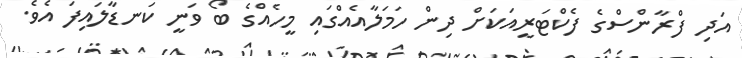
އަދި ފްރާންސްގެ ފެކްޓަރީއަކަށް ދިން ހަަަމަލާއެއްގައި މީހެއްގެ ބޯ ވަނީ ކަނޑާލައިފަ އެވެ.